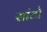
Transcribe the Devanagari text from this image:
सांटो